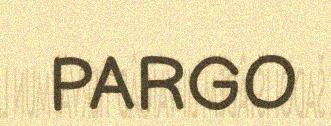
PARGO